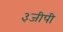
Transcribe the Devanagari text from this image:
३जीपी